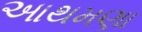
આથમણા